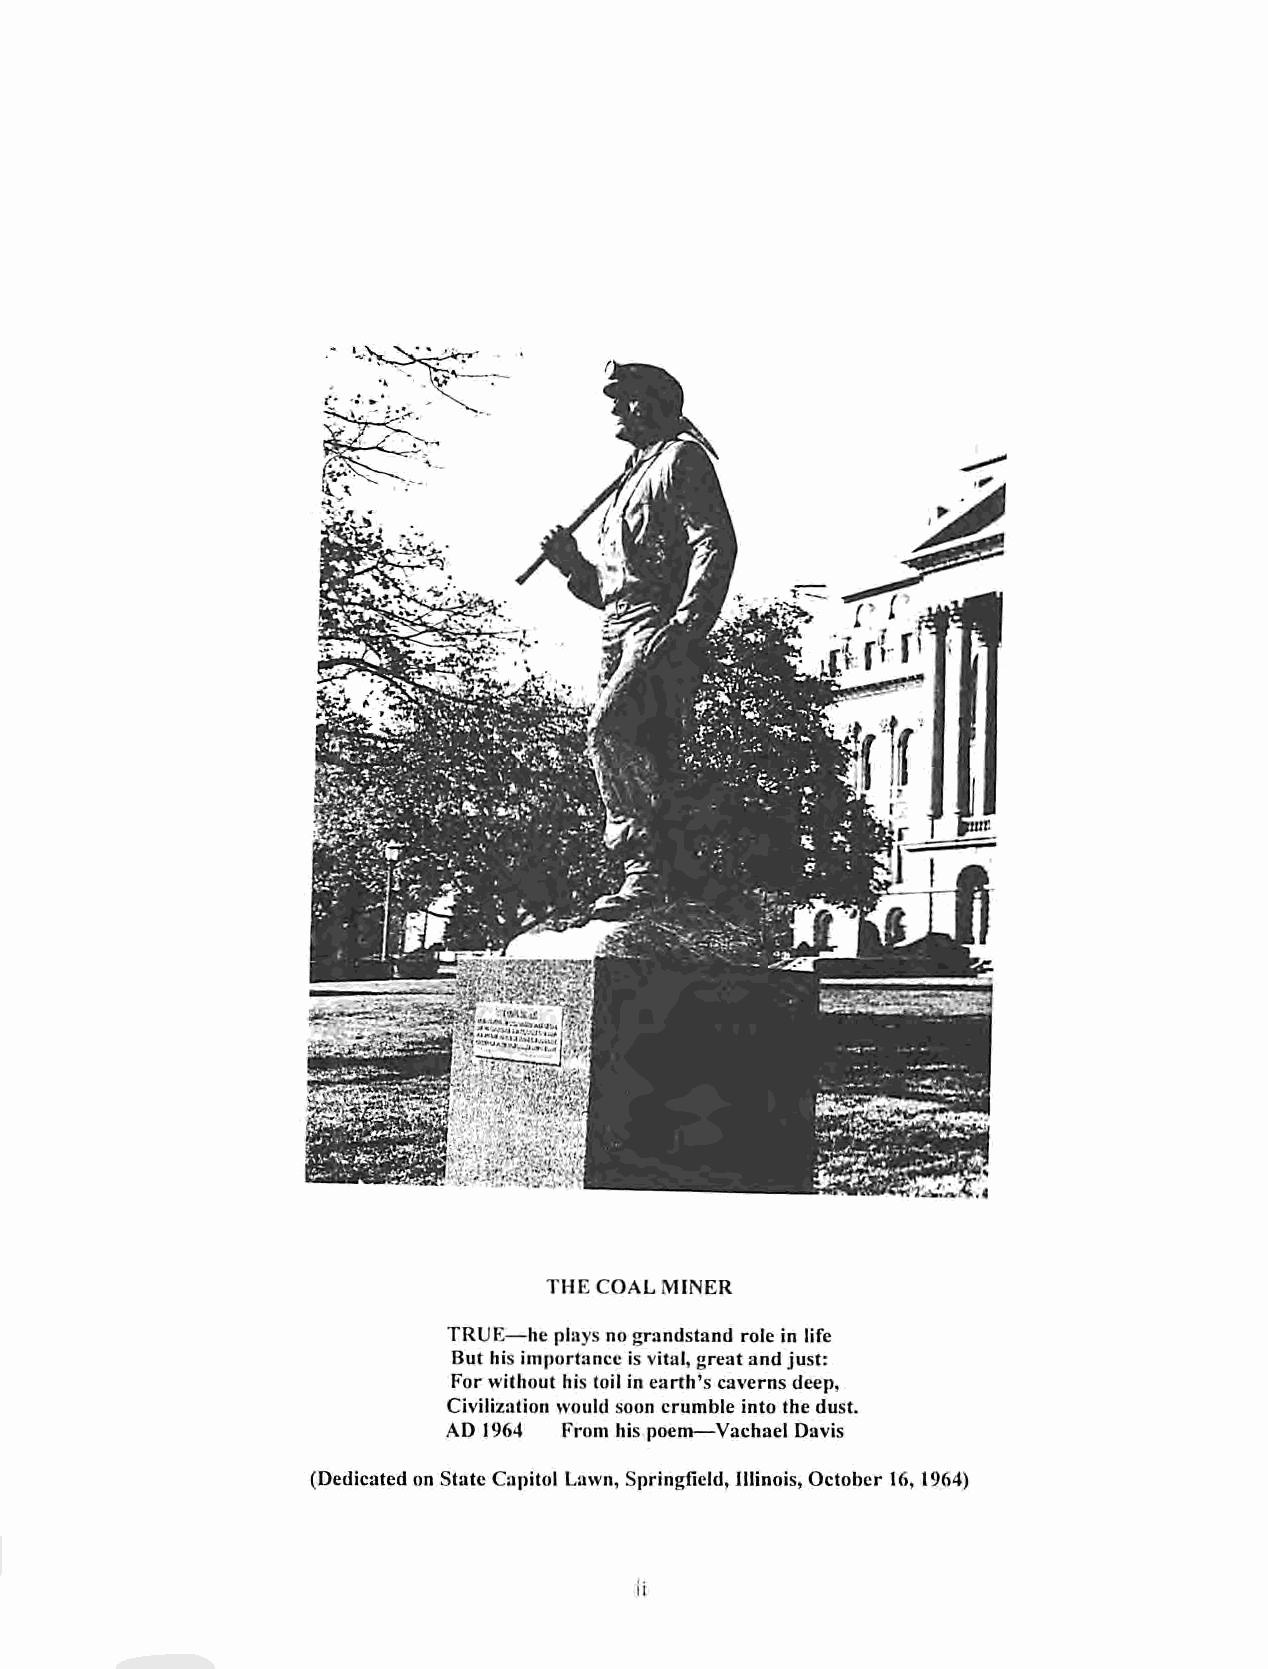
THE COAL MINER
 TRUE—he plays nograndstand role in life
 But his importance is vital, greatand just:
 For without his toil in earth's caverns deep,
 Civilization would soon crumble into the dust.
 AD 1964 From his poem—Vachael Davis
 (Dedicated on State Capitol Lawn, Springfield, Illinois, October 16, 1964)